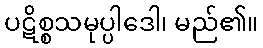
ပဋိစ္စသမုပ္ပါဒေါ၊ မည်၏။